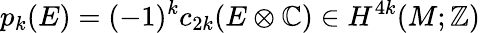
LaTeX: p_{k}(E)=(-1)^{k}c_{2k}(E\otimes\mathbb{C})\in H^{4k}(M;\mathbb{Z})